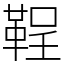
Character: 鞓